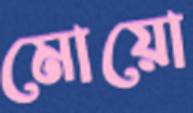
মোয়ো